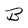
Character: B